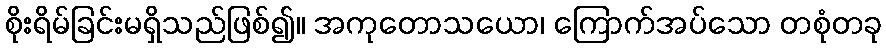
စိုးရိမ်ခြင်းမရှိသည်ဖြစ်၍။ အကုတောသယော၊ ကြောက်အပ်သော တစုံတခု